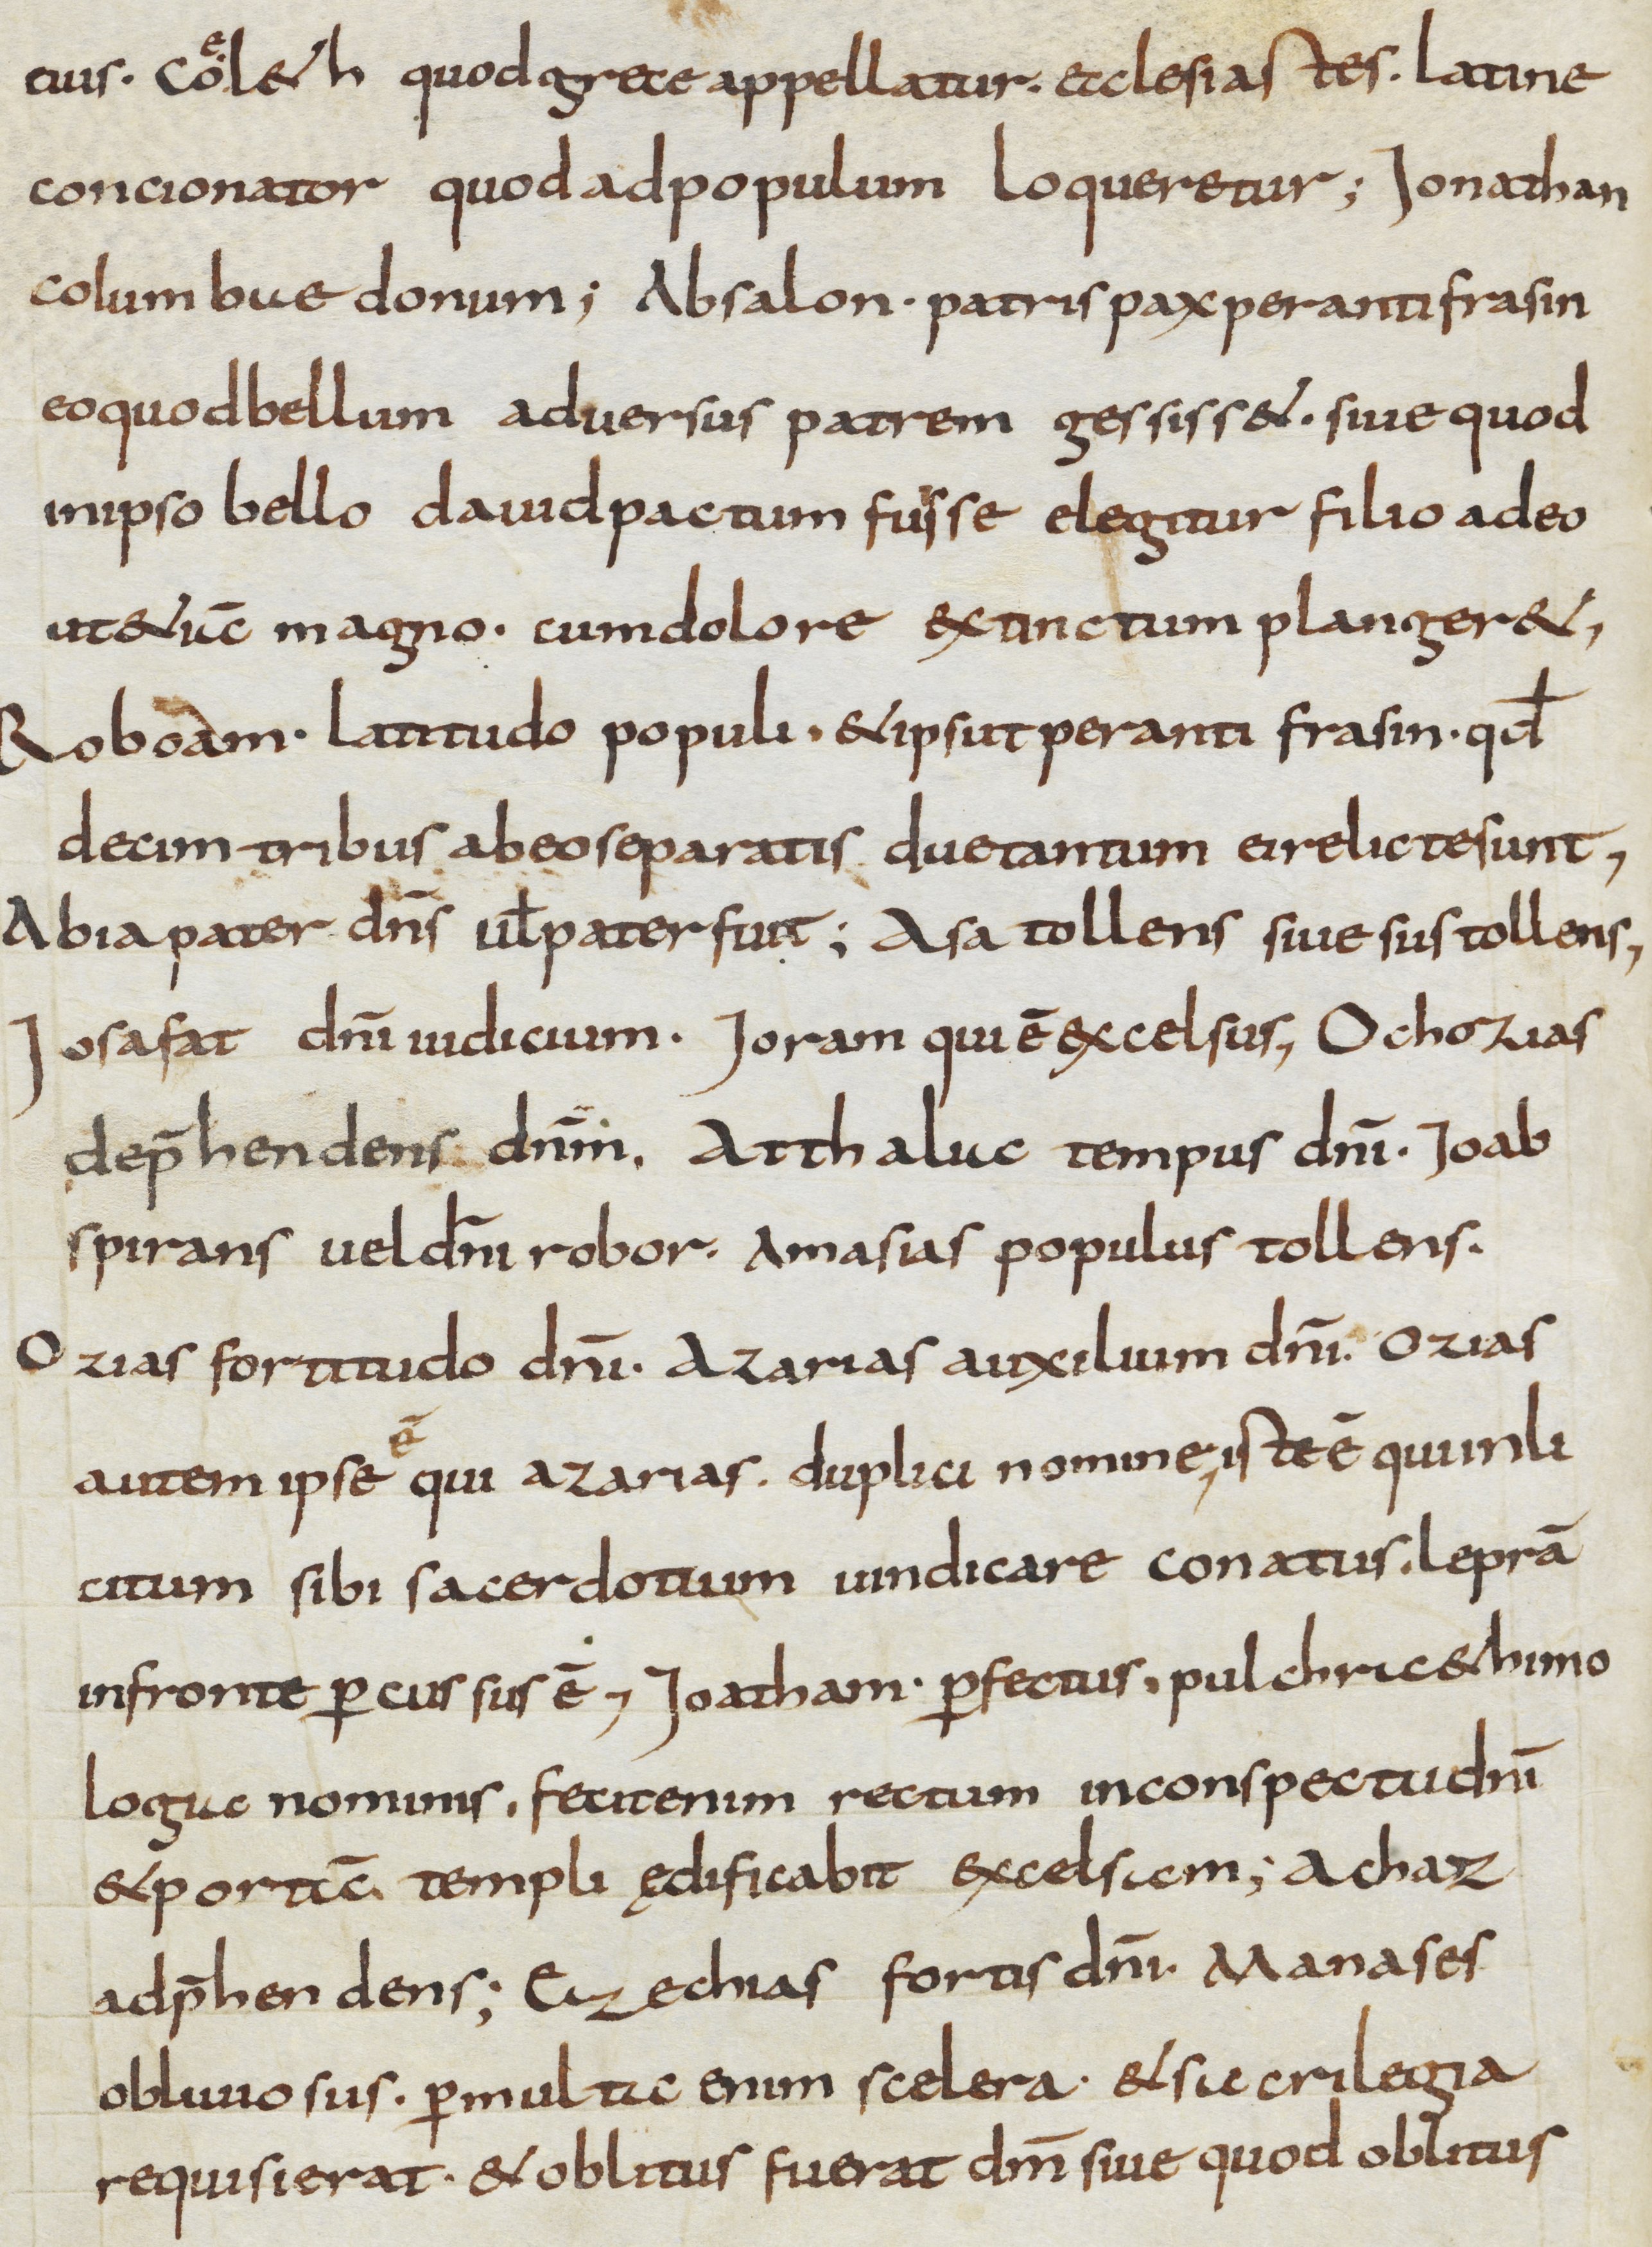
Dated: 800–999